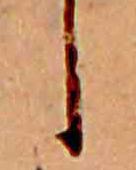
し